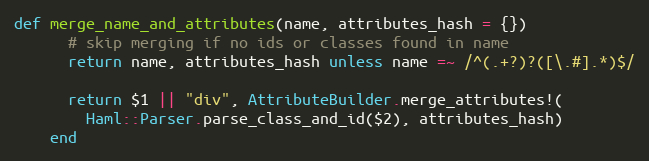
Language: Ruby
def merge_name_and_attributes(name, attributes_hash = {})
      # skip merging if no ids or classes found in name
      return name, attributes_hash unless name =~ /^(.+?)?([\.#].*)$/

      return $1 || "div", AttributeBuilder.merge_attributes!(
        Haml::Parser.parse_class_and_id($2), attributes_hash)
    end